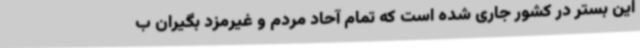
این بستر در کشور جاری شده است که تمام آحاد مردم و غیرمزد بگیران ب